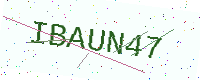
Text: IBAUN47